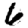
Digit: 6